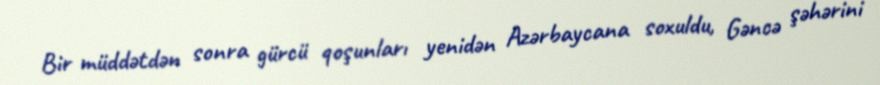
Bir müddətdən sonra gürcü qoşunları yenidən Azərbaycana soxuldu, Gəncə şəhərini